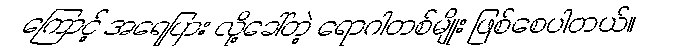
ကြောင့် အရေပြား လို့ခေါ်တဲ့ ရောဂါတစ်မျိုး ဖြစ်စေပါတယ်။